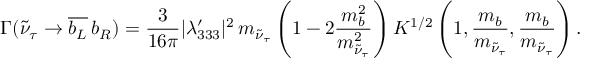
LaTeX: \Gamma ( \tilde { \nu } _ { \tau } \to \overline { { { b _ { L } } } } \, b _ { R } ) = \frac { 3 } { 1 6 \pi } \vert \lambda _ { 3 3 3 } ^ { \prime } \vert ^ { 2 } \, m _ { \tilde { \nu } _ { \tau } } \left( 1 - 2 \frac { m _ { b } ^ { 2 } } { m _ { \tilde { \nu } _ { \tau } } ^ { 2 } } \right) K ^ { 1 / 2 } \left( 1 , \frac { m _ { b } } { m _ { \tilde { \nu } _ { \tau } } } , \frac { m _ { b } } { m _ { \tilde { \nu } _ { \tau } } } \right) .